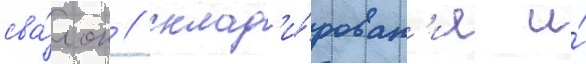
сва́лок / склад'и́рован'ие и́